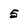
Character: 5